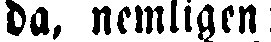
da, nemligen: